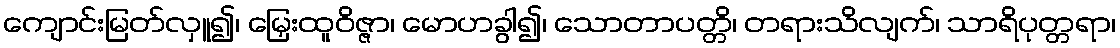
ကျောင်းမြတ်လှူ၍၊ မြှေးထူဝိဇ္ဇာ၊ မောဟခွါ၍၊ သောတာပတ္တိ၊ တရားသိလျက်၊ သာရိပုတ္တရာ၊